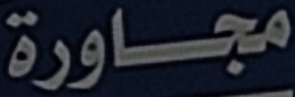
مجاورة